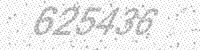
Solution: 625436